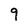
Character: 9